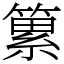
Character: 䉂